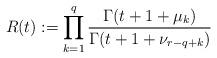
LaTeX: \begin{align*} R(t) := \prod_{k=1}^q \frac{\Gamma(t+1+\mu_k)}{\Gamma(t+1+\nu_{r-q+k})}\end{align*}